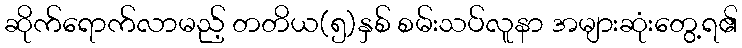
ဆိုက်ရောက်လာမည့် တတိယ(၅)နှစ် စမ်းသပ်လူနာ အများဆုံးတွေ့ရ၏